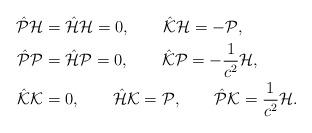
LaTeX: \begin{align*}\hat{\cal P}{\cal H}&=\hat{\cal H}{\cal H}=0,\qquad\hat{\cal K}{\cal H}=-{\cal P},\\\hat{\cal P}{\cal P}&=\hat{\cal H}{\cal P}=0,\qquad\hat{\cal K}{\cal P}=-\frac{1}{c^2}{\cal H},\\\hat{\cal K}{\cal K}&=0,\qquad\hat{\cal H}{\cal K}={\cal P},\qquad\hat{\cal P}{\cal K}=\frac{1}{c^2}{\cal H}.\end{align*}